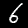
Digit: 6